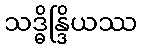
သဒ္ဓိန္ဒြိယဿ